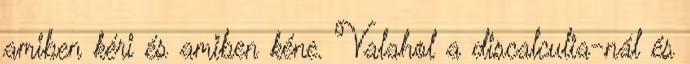
amiben kéri és amiben kéne. Valahol a discalculia-nál és